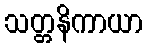
သတ္တနိကာယာ